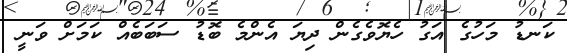
ކަނޑު މަހުގެ އަގު ހެޔޮވެގެން ދިޔަ އެންމެ ބޮޑު ސަބަބެއް ކަމަށް ވަނީ